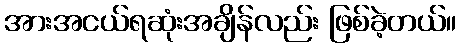
အားအငယ်ရဆုံးအချိန်လည်း ဖြစ်ခဲ့တယ်။